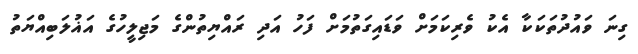
ގިނަ ވައުދުތަކަކާ އެކު ވެރިކަމަށް ވަޑައިގަތުމަށް ފަހު އަދި ރައްޔިތުންގެ މަޖިލީހުގެ އަޣުލަބިއްޔަތު